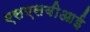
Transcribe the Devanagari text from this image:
एसएसबीआई